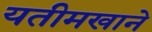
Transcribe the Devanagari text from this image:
यतीमखाने